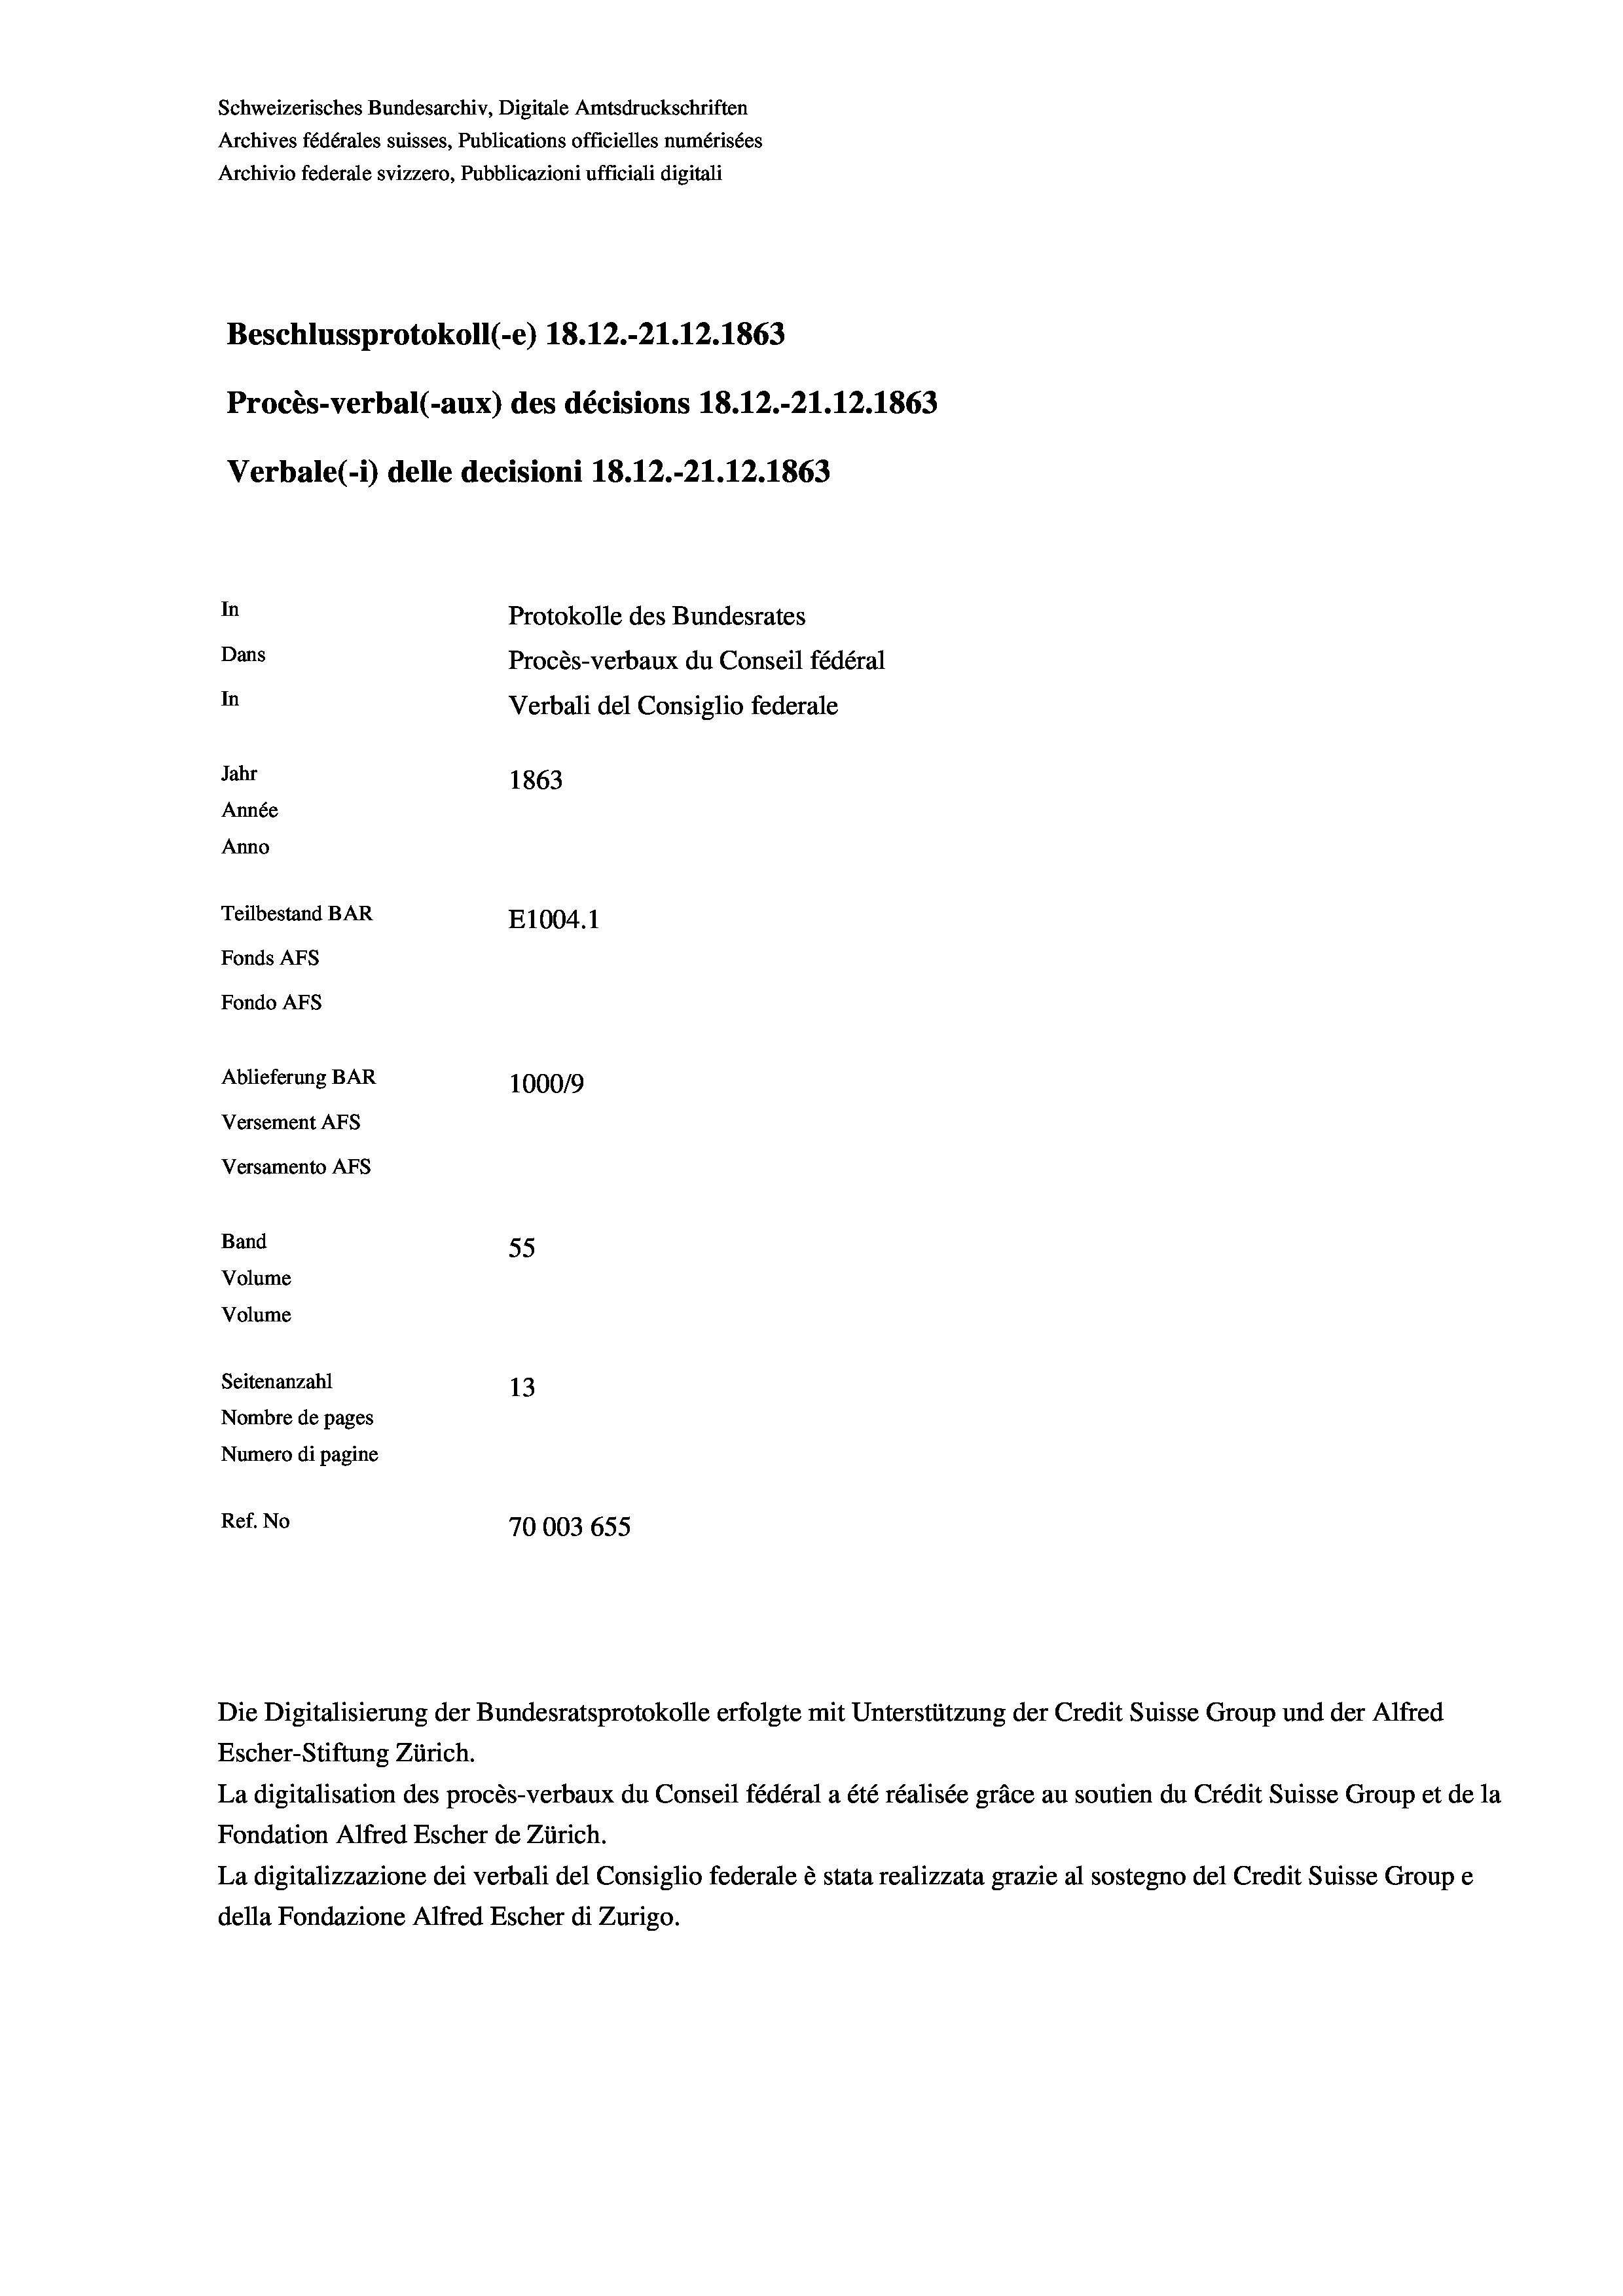
Beschlussprotokoll (-e) 18. 12.-21.12. 1863
Procès-verbal (-aux) des décisions 18.12.-21.12.1863
Verbale(-*) delle decisioni 18. 12.-21.12.1863
In
Protokolle des Bundesrates
Dans
Procès-verbaux du Conseil fédéral
In
Verbali del Consiglio federale
Jahr
1863
Année
Anno
Teilbestand BAR
E1004.1
Fonds AFs
Fondo AFs

Ablieferung BAR
Versement AFs
Versamento AFs
Band
Volume
Volume

1000/9
55
Seitenanzahl
13
Nombre de pages
Numero di pagine
Ref. No
70003 655

Schweizerisches Bundesarchiv, Digitale Amtsdruckschriften
Archives fédérales suisses, Publications officielles numérisées
Archivio federale svizzero, Pubblicazioni ufficiali digitali

Escher-Stiftung Zürich.
La digitalisation des procès-verbaux du Conseil fédéral a été réalisée gräce au soutien du Crédit Suisse Group et de la
Fondation Alfred Escher de Zürich.
La digitalizzazione dei verbali del Consiglio federale è stata realizzata grazie al sostegno del Credit Suisse Groupe
della Fondazione Alfred Escher di Zurigo.

Die Digitalisierung der Bundesratsprotokolle erfolgte mit Unterstützung der Credit Suisse Group und der Alfred